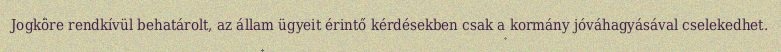
Jogköre rendkívül behatárolt, az állam ügyeit érintő kérdésekben csak a kormány jóváhagyásával cselekedhet.